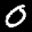
Label: 0